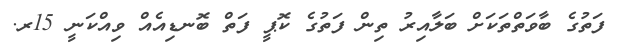
ފަތުގެ ބާވަތްތަކަށް ބަލާއިރު ތިން ފަތުގެ ކޮޕީ ފަތް ބޮނޑިއެއް ވިއްކަނީ 15ރ.